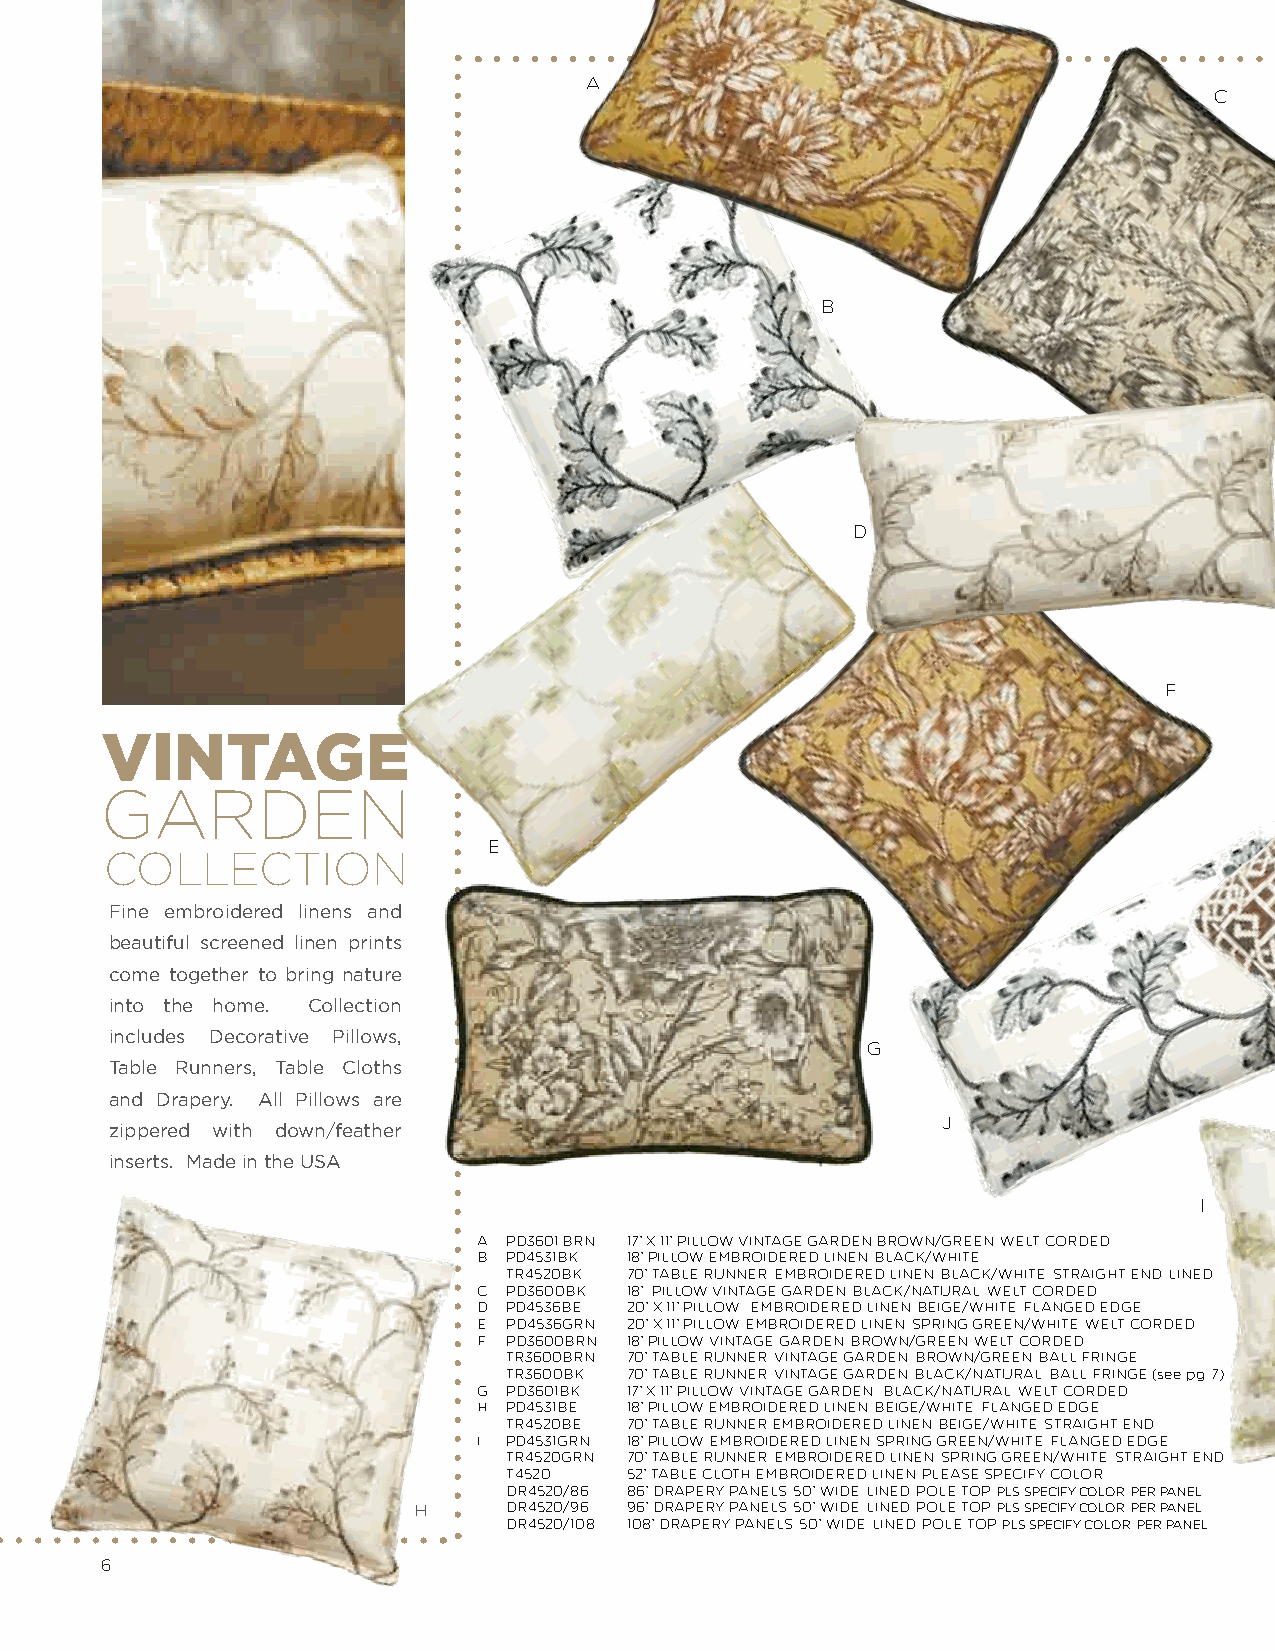
A
 C
 B
 D
 F
 VINTAGE
 GARDEN
 E
 COLLECTION
 Fine embroidered linens and
 beautiful screened linen prints
 come together to bring nature
 into the home. Collection
 includes Decorative Pillows,
 G
 Table Runners, Table Cloths
 and Drapery. All Pillows are
 J
 zippered with down/feather
 inserts. Made in the USA
 I
 A. PD3601 BRN 17” X 11” PILLOW VINTAGE GARDEN BROWN/GREEN, WELT CORDED
 B. PD4531BK 18” PILLOW EMBROIDERED LINEN, BLACK/WHITE
 TR4520BK 70” TABLE RUNNER, EMBROIDERED LINEN, BLACK/WHITE, STRAIGHT END, LINED
 C. PD3600BK 18” PILLOW VINTAGE GARDEN, BLACK/NATURAL, WELT CORDED
 D. PD4536BE 20” X 11” PILLOW , EMBROIDERED LINEN, BEIGE/WHITE, FLANGED EDGE
 E. PD4536GRN 20” X 11” PILLOW, EMBROIDERED LINEN, SPRING GREEN/WHITE, WELT CORDED
 F. PD3600BRN 18” PILLOW, VINTAGE GARDEN, BROWN/GREEN, WELT CORDED
 TR3600BRN 70” TABLE RUNNER, VINTAGE GARDEN, BROWN/GREEN, BALL FRINGE
 TR3600BK 70” TABLE RUNNER, VINTAGE GARDEN, BLACK/NATURAL, BALL FRINGE (see pg. 7)
 G. PD3601BK 17” X 11” PILLOW, VINTAGE GARDEN , BLACK/NATURAL, WELT CORDED
 H. PD4531BE 18” PILLOW EMBROIDERED LINEN, BEIGE/WHITE, FLANGED EDGE
 TR4520BE 70” TABLE RUNNER EMBROIDERED LINEN, BEIGE/WHITE, STRAIGHT END
 I. PD4531GRN 18” PILLOW, EMBROIDERED LINEN, SPRING GREEN/WHITE, FLANGED EDGE
 TR4520GRN 70” TABLE RUNNER, EMBROIDERED LINEN, SPRING GREEN/WHITE, STRAIGHT END
 T4520   52” TABLE CLOTH EMBROIDERED LINEN, PLEASE SPECIFY COLOR
 DR4520/86 86” DRAPERY PANELS, 50” WIDE, LINED, POLE TOP, PLS SPECIFY COLOR, PER PANEL
 H      DR4520/96 96” DRAPERY PANELS, 50” WIDE, LINED, POLE TOP, PLS SPECIFY COLOR, PER PANEL
 DR4520/108 108” DRAPERY PANELS, 50” WIDE, LINED, POLE TOP, PLS SPECIFY COLOR, PER PANEL
 6